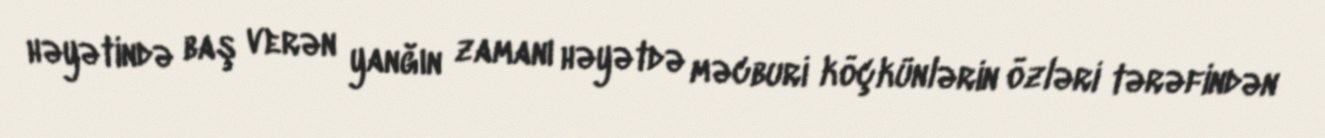
həyətində baş verən yanğın zamanı həyətdə məcburi köçkünlərin özləri tərəfindən